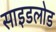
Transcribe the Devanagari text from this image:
साइडलोड